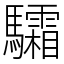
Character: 驦